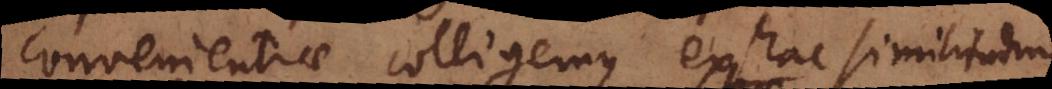
convenientiae colligemus ex hac similitudine